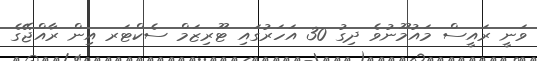
ވަނީ ރައީސް މައުމޫނުވެ ދިގު 30 އަހަރުގައި ޓޫރިޒަމް ސެކްޓަރ އިން ރާއްޖޭގެ